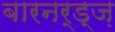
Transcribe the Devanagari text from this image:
बारनर्ड्ज़